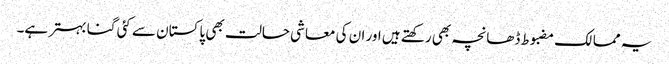
یہ ممالک مضبوط ڈھانچہ بھی رکھتے ہیں اور ان کی معاشی حالت بھی پاکستان سے کئی گنا بہتر ہے۔